Civil Veterinary Department Bihar reports 1940-50 - 1940-1950
Year: 1940
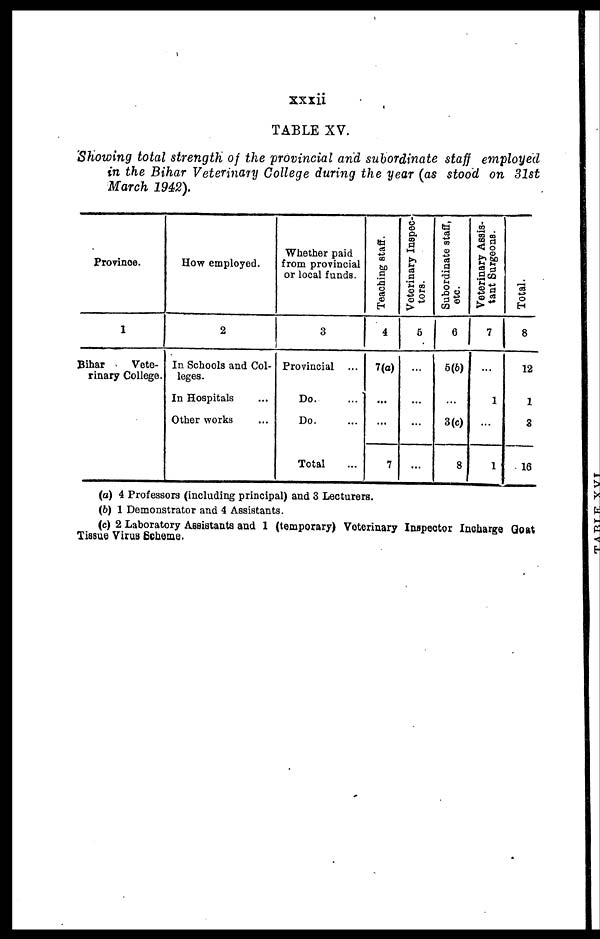
xxxii
TABLE XV.
Showing total strength of the provincial and subordinate staff employed
in the Bihar Veterinary College during the year (as stood on 31st
March 1942).
Province.
1
Bihar
Vete-
rinary College.
How employed.
2
In Schools and Col-
leges.
In Hospitals ...
Other works ...
Whether paid
from provincial
or local funds.
3
Provincial ...
Do. ...
Do. ...
Total ...
Teaching staff.
4
7(a)
...
...
7
Veterinary Inspec-
tors.
5
...
...
...
...
Subordinate staff,
etc.
6
5(b)
...
3(c)
8
Veterinary Assis-
tant Surgeons.
7
...
1
...
1
Total.
8
12
1
8
16
(a) 4 Professors (including principal) and 3 Lecturers.
(b) 1 Demonstrator and 4 Assistants.
(c) 2 Laboratory Assistants and 1 (temporary) Veterinary Inspector Incharge Goat
Tissue Virus Scheme.